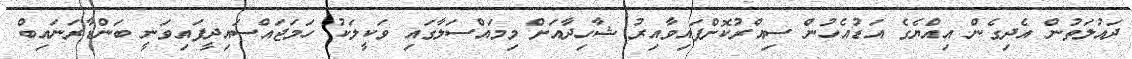
ދައުލަތުން އެދިގެން އިއްޔެގެ އަޑުއެހުން ސިއްރުކޮށްފައިވާއިރު ޝާހިދާއަށް މިމައްސަލާގައި ވަކީލަކު ހަމަޖައްސައިދީފައިވަނީ ބަންޑާރަނައިބް